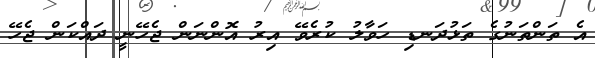
އެ ތަންތަނުގެ ތަޅުދަނޑި ހަވާލު ކުރެވޭ އިރު އޮންނަން ޖެހޭނީ ދައްކަން ޖެހޭ